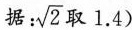
据： \sqrt{2}取1.4)